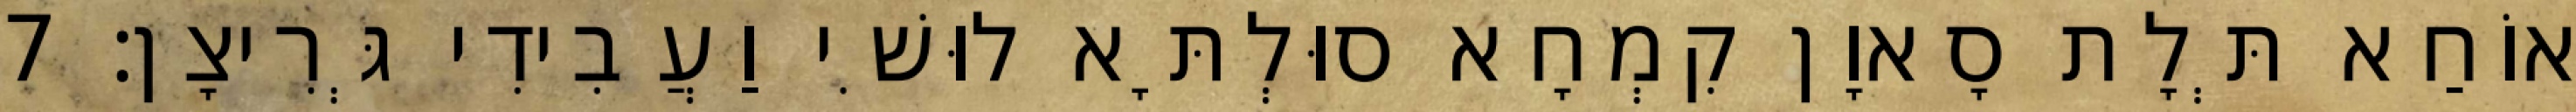
אוֹחַא תְּלָת סָאוָן קִמְחָא סוּלְתָּא לוּשִׁי וַעֲבִידִי גְּרִיצָן׃ 7